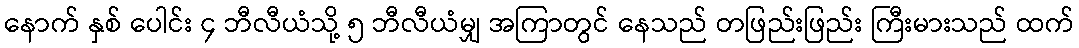
နောက် နှစ် ပေါင်း ၄ ဘီလီယံသို့ ၅ ဘီလီယံမျှ အကြာတွင် နေသည် တဖြည်းဖြည်း ကြီးမားသည် ထက်